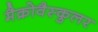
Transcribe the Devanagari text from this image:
मैक्रोवैस्कुलर